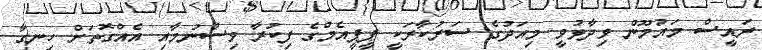
ރައީސް މައުމޫން ވިދާޅުވީ މިއަދުގެ ސަރުކާރަކީ ޕީޕީއެމްގެ ފިކުރާ ވިސްނުމާއި އެއްގޮތަށް ހިނގާ